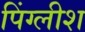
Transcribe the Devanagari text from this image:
पिंग्लीश